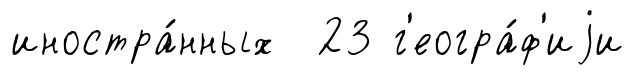
иностра́нных 23 г'еогра́ф'иjи